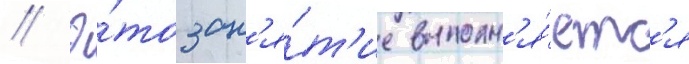
// Э́то зан'я́т'ие выполн'я́етс'я